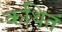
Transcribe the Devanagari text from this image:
कथितं